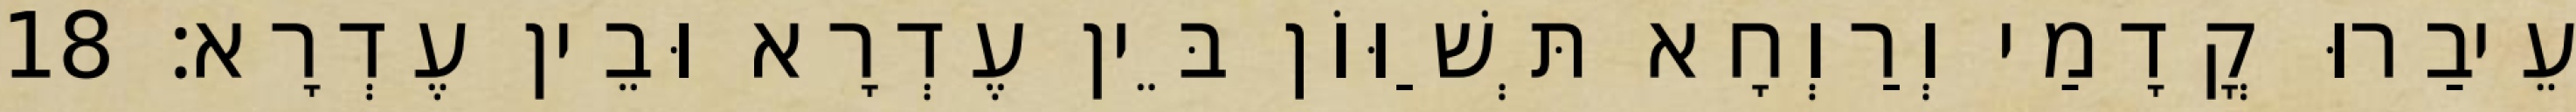
עֵיבַרוּ קֳדָמַי וְרַוְחָא תְּשַׁוּוֹן בֵּין עֶדְרָא וּבֵין עֶדְרָא׃ 18